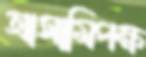
আসামিপক্ষ